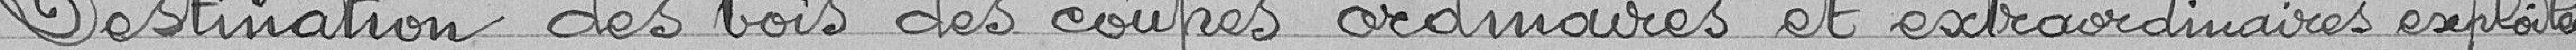
Destination des bois des coupes ordinaires et extraordinaires exploitées